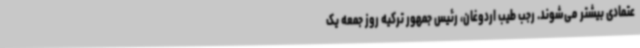
عتمادی بیشتر می‌شوند. رجب طیب اردوغان، رئیس جمهور ترکیه روز جمعه یک